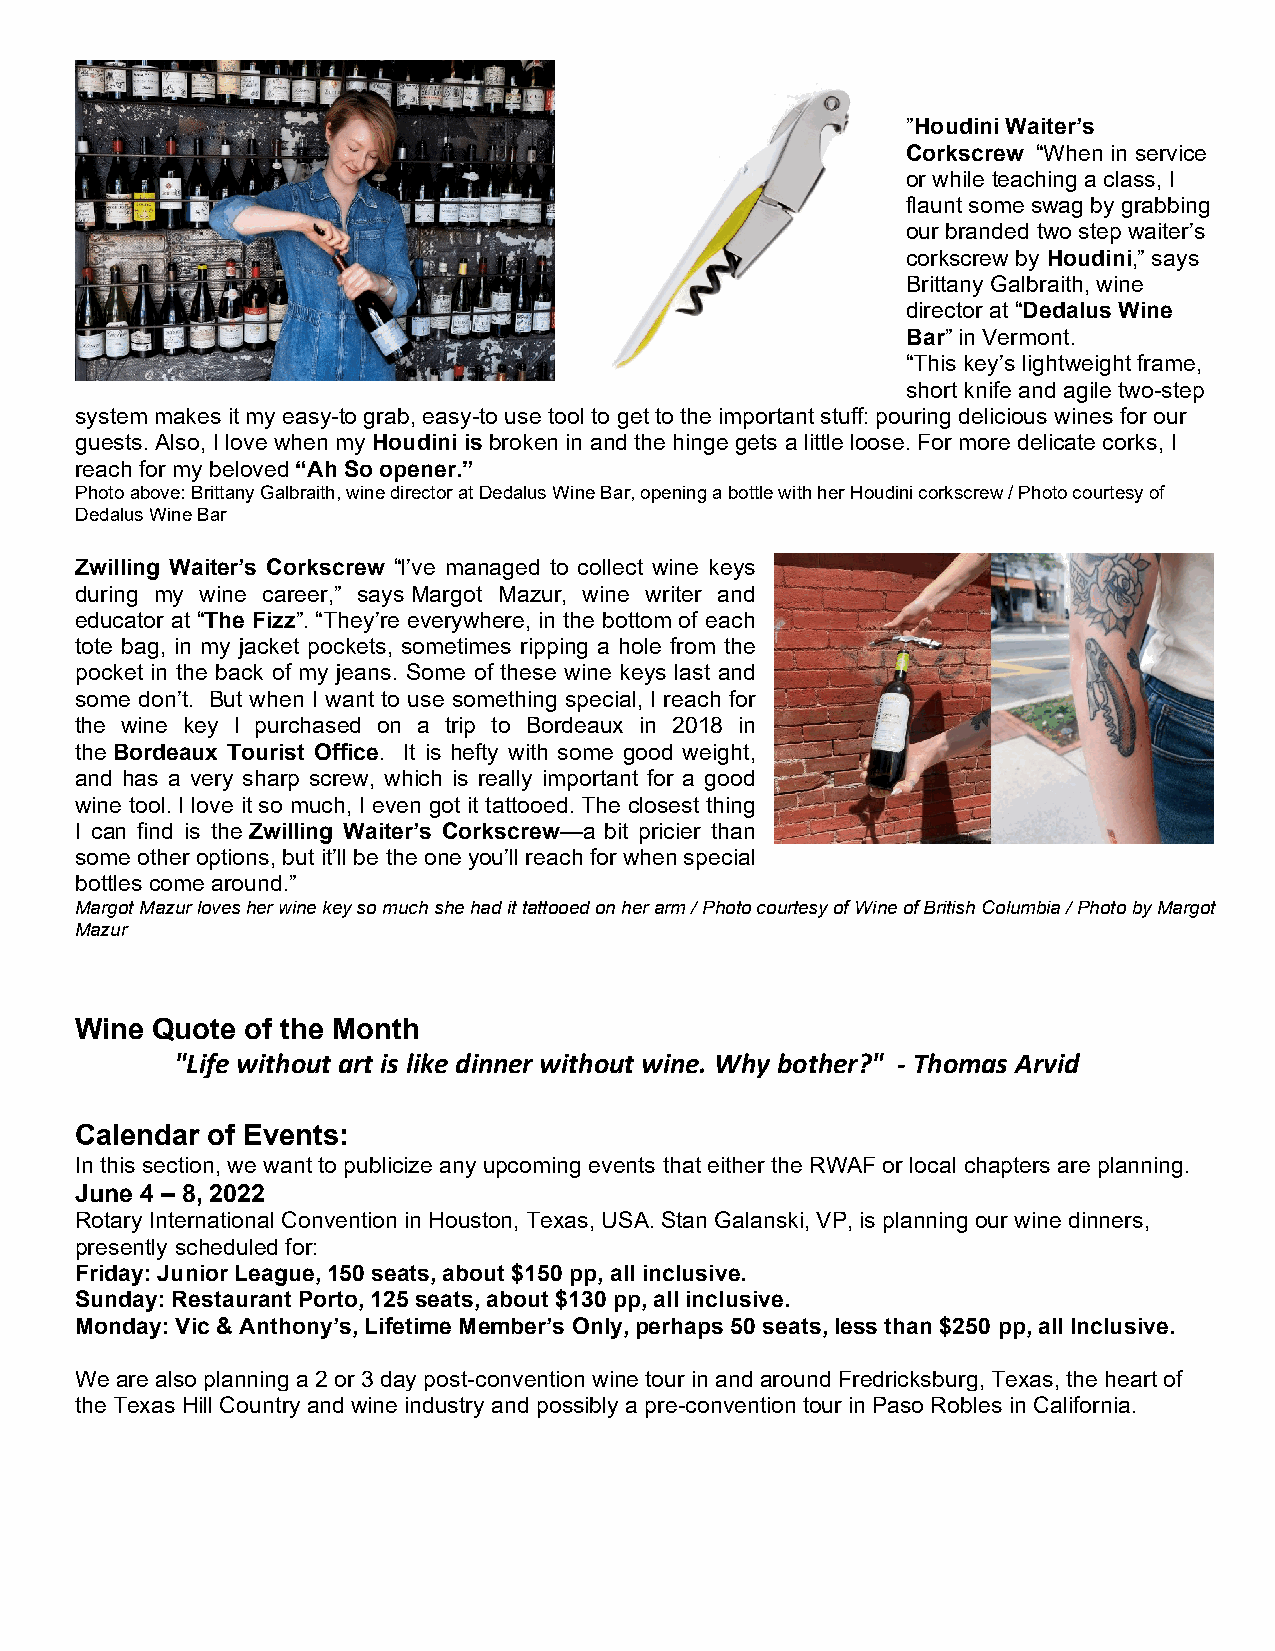
”Houdini Waiter’s
 Corkscrew “When in service
 or while teaching a class, I
 flaunt some swag by grabbing
 our branded two step waiter’s
 corkscrew by Houdini,” says
 Brittany Galbraith, wine
 director at “Dedalus Wine
 Bar” in Vermont.
 “This key’s lightweight frame,
 short knife and agile two-step
 system makes it my easy-to grab, easy-to use tool to get to the important stuff: pouring delicious wines for our
 guests. Also, I love when my Houdini is broken in and the hinge gets a little loose. For more delicate corks, I
 reach for my beloved “Ah So opener.”
 Photo above: Brittany Galbraith, wine director at Dedalus Wine Bar, opening a bottle with her Houdini corkscrew / Photo courtesy of
 Dedalus Wine Bar
 Zwilling Waiter’s Corkscrew “I’ve managed to collect wine keys
 during my wine career,” says Margot Mazur, wine writer and
 educator at “The Fizz”. “They’re everywhere, in the bottom of each
 tote bag, in my jacket pockets, sometimes ripping a hole from the
 pocket in the back of my jeans. Some of these wine keys last and
 some don’t. But when I want to use something special, I reach for
 the wine key I purchased on a trip to Bordeaux in 2018 in
 the Bordeaux Tourist Office. It is hefty with some good weight,
 and has a very sharp screw, which is really important for a good
 wine tool. I love it so much, I even got it tattooed. The closest thing
 I can find is the Zwilling Waiter’s Corkscrew—a bit pricier than
 some other options, but it’ll be the one you’ll reach for when special
 bottles come around.”
 Margot Mazur loves her wine key so much she had it tattooed on her arm / Photo courtesy of Wine of British Columbia / Photo by Margot
 Mazur
 Wine Quote of the Month
 "Life without art is like dinner without wine. Why bother?" - Thomas Arvid
 Calendar of Events:
 In this section, we want to publicize any upcoming events that either the RWAF or local chapters are planning.
 June 4 – 8, 2022
 Rotary International Convention in Houston, Texas, USA. Stan Galanski, VP, is planning our wine dinners,
 presently scheduled for:
 Friday: Junior League, 150 seats, about $150 pp, all inclusive.
 Sunday: Restaurant Porto, 125 seats, about $130 pp, all inclusive.
 Monday: Vic & Anthony’s, Lifetime Member’s Only, perhaps 50 seats, less than $250 pp, all Inclusive.
 We are also planning a 2 or 3 day post-convention wine tour in and around Fredricksburg, Texas, the heart of
 the Texas Hill Country and wine industry and possibly a pre-convention tour in Paso Robles in California.